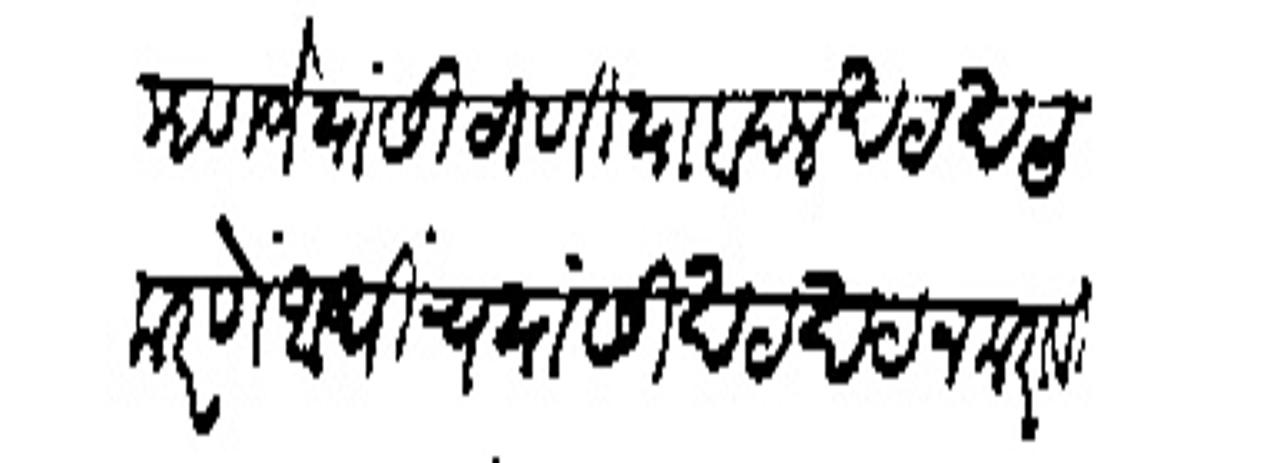
Transliteration (Devanagari): म्हणजे यांसी ठाणियाबद्दल खटखट करणे आधींच यांसी खटखट न करावी